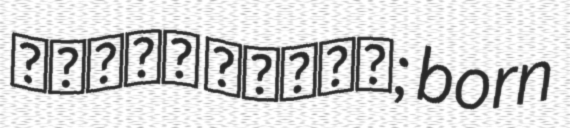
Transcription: מתיאס מרטין; born